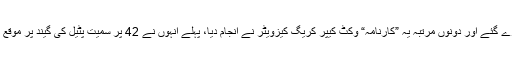
اس کے علاوہ دو مرتبہ ان کے کیچ بھی چھوڑے گئے اور دونوں مرتبہ یہ ”کارنامہ“ وکٹ کیپر کریگ کیزویٹر نے انجام دیا، پہلے انہوں نے 42 پر سمیت پٹیل کی گیند پر موقع گنوایا اور پھر 92 کے انفرادی اسکور پر بھی۔